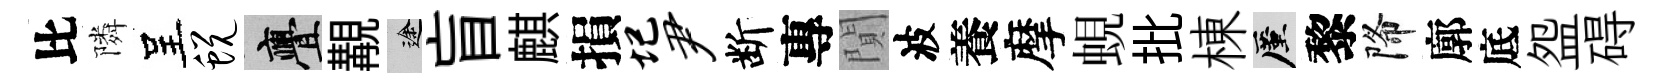
比隣呈蜕亹覯途盲麒損圮尹断專閴波養摩蜆批棟厪黎降廓底盌碍